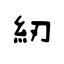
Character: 紉